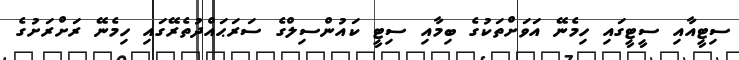
ސިޓީއާއި ސީޓީގައި ހިމެނޭ އަވަށްތަކުގެ ބިމާއި ސިޓީ ކައުންސިލްގެ ސަރަޙައްދުތެރޭގައި ހިމެނޭ ރަށްރަށުގެ